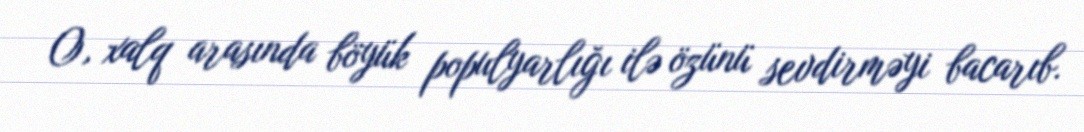
O, xalq arasında böyük populyarlığı ilə özünü sevdirməyi bacarıb.